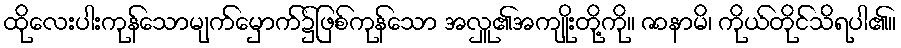
ထိုလေးပါးကုန်သောမျက်မှောက်၌ဖြစ်ကုန်သော အလှူ၏အကျိုးတို့ကို။ ဇာနာမိ၊ ကိုယ်တိုင်သိရပါ၏။